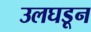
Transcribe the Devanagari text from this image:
उलघडून